Annual vaccination report of Bihar and Orissa - 1911-1928
Year: 1911
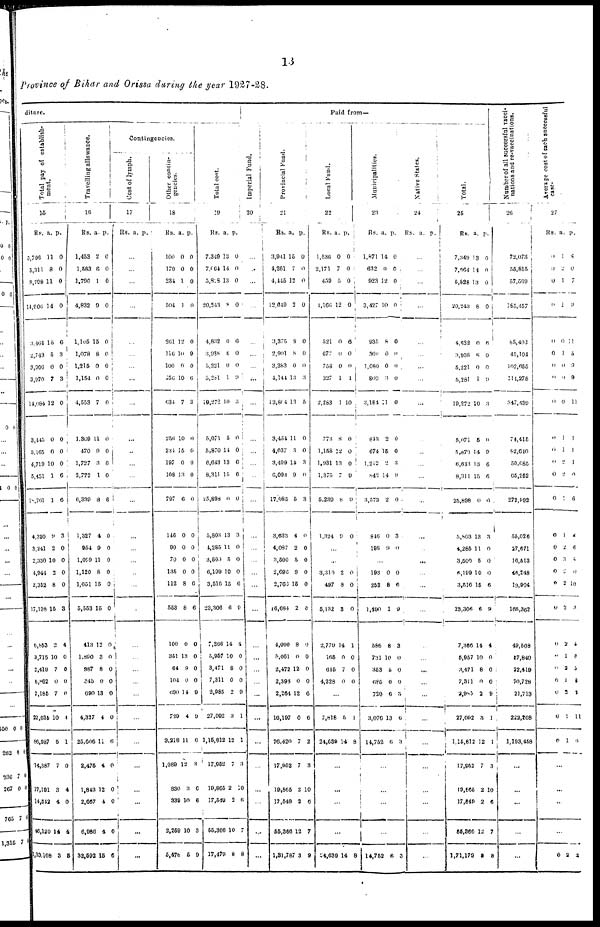
13
Province of Bihar and Orissa during the year 1927-28.
diture.
Total pay of establish-
ment.
15
Rs.
5,796
5,311
3,798
14,906
3,464
2,743
3,906
3,970
14,084
3,445
5,165
4,719
5,431
18,761
4,330
3,241
2,330
4,944
2,352
17,198
6,853
3,715
2,419
6,862
2,185
22,035
86,987
14,387
17,191
14,542
46,120
1,33,108
a.
11
8
11
14
15
5
0
7
12
0
0
10
1
1
9
2
10
2
8
15
2
10
7
0
7
10
5
7
3
4
14
3
p.
0
0
0
0
6
3
0
3
0
0
0
0
6
6
3
0
0
0
0
3
4
0
0
0
0
4
1
0
4
0
4
5
Travelling allowance.
16
Rs
1,453
1,583
1,796
4,832
l,105
1,078
1,215
1,154
4,553
1,369
470
1,727
3,772
6,339
1,327
954
1,099
1,120
1,051
5,553
413
1,890
987
345
690
4,327
25,606
2,475
1,843
2,667
6,986
32,592
a
2
6
1
0
15
8
0
0
7
11
9
3
1
8
4
9
11
8
15
15
12
3
8
0
13
4
11
4
12
4
4
15
p.
0
0
0
0
0
0
0
0
0
0
0
6
0
6
0
0
0
0
0
0
0
0
0
0
0
0
6
0
0
0
0
0
Contingencies.
Cost of lymph.
17
Rs. a. p.
...
...
...
...
...
...
...
...
...
...
...
...
...
...
...
...
...
...
...
...
...
...
...
...
...
...
...
...
...
...
...
...
Other contin-
gencies.
18
Rs.
100
179
234
504
261
116
100
156
634
256
234
197
108
797
146
90
70
135
112
553
100
351
64
104
690
729
3,218
1,089
830
339
2,259
5,478
a.
0
0
1
1
12
10
0
10
7
10
15
0
13
6
0
0
0
0
8
8
0
13
9
0
14
4
11
12
3
10
10
5
p.
0
0
0
0
0
9
0
6
3
0
0
0
0
0
0
0
0
0
6
6
0
0
0
0
9
9
0
3
6
6
3
9
Total cost.
19
Rs.
7,349
7,064
5,818
20,243
4,832
3,988
5,221
5,281
19,272
5,071
5,870
6,643
8,311
25,898
5,803
4,285
3,500
6,199
3,516
23,306
7,366
5,957
3,471
7,311
2,985
27,092
1,15,812
17,952
19,865
17,549
55,366
17,479
a.
13
14
13
8
0
8
0
1
10
5
11
13
15
0
13
11
5
10
15
6
14
10
8
0
2
3
12
7
2
2
10
8
p.
0
0
0
0
6
0
0
9
3
0
0
6
6
0
3
0
0
0
6
9
4
0
0
0
9
1
1
3
10
6
7
8
Paid from—
Imperial Fund.
20
...
...
...
...
...
...
...
...
...
...
...
...
...
...
...
...
...
...
...
...
...
...
...
...
...
...
...
...
...
...
...
...
Provincial Fund.
21
Rs.
3,941
4,261
4,445
12,649
3,375
2,901
3,383
4,141
13,804
3,454
4,037
3,499
6,093
17,085
3,633
4,087
3,500
2,696
2,763
16,684
4,000
5,061
2,472
2,398
2,264
16,197
76,420
17,952
19,865
17,549
55,366
1,31,787
a.
15
7
12
2
8
8
0
13
13
11
3
14
9
5
4
2
5
8
15
2
8
0
12
0
12
0
7
7
2
3
12
3
p.
0
0
0
0
0
0
0
3
5
0
0
3
0
3
0
0
0
0
0
0
0
0
0
0
6
6
2
3
10
6
7
9
Local Fund.
22
Rs.
1,536
2,171
459
1,166
521
677
758
327
2,283
773
1,158
1,931
1,375
5,230
1,324
a.
0
7
5
12
0
0
0
1
1
8
22
13
7
8
0
p.
0
0
0
0
6
0
0
1
10
0
0
0
9
9
0
...
...
3,310
497
5,132
2,779
166
645
4,228
2
8
3
14
0
7
0
0
0
0
1
0
0
0
...
7,818
24,639
5
14
1
8
...
...
...
...
24,639 14 8
Municipalities.
23
Rs.
1,871
632
923
3,427
935
360
1,080
800
3,184
843
674
1,212
842
3,573
846
198
a.
14
0
12
10
8
0
0
3
11
2
15
2
14
2
0
9
p.
0
0
0
0
0
0
0
0
0
0
0
3
9
0
3
0
...
193
252
1,490
586
731
353
685
720
3,076
14,752
0
8
1
8
10
5
0
6
13
0
0
6
9
3
0
0
0
3
6
3
...
...
...
...
14,752 6 3
Native States.
24
Rs. a. p.
...
...
...
...
...
...
...
...
...
...
...
...
...
...
...
...
...
...
...
...
...
...
...
...
...
...
...
...
...
...
...
...
Total.
25
Rs.
7,349
7,064
5,828
20,243
4,832
3,938
5,221
5,281
19,272
5,071
5,870
6,643
8,311
25,898
5,803
4,285
3,500
6,199
3,516
23,306
7,366
5,957
3,471
7,311
2,983
27,092
1,15,812
17,952
19,865
17,549
55,366
1,71,179
a.
13
14
13
8
0
8
0
1
10
5
14
13
15
0
13
11
5
10
15
6
14
10
8
0
2
3
12
7
2
2
12
8
p.
0
0
0
0
0
0
0
9
3
0
9
6
6
0
3
0
0
0
6
9
4
0
0
0
9
1
1
3
10
6
7
8
Number of all successful vacci-
nations and re-vaccinations.
26
72,073
55,815
57,569
185,457
85,402
45,104
102,655
114,278
347,439
74,415
82,610
50,685
65,252
272,992
55,026
27,671
16,513
46,248
19,904
165,362
49,508
57,840
22,419
70,728
21,713
222,208
1,193,458
...
...
...
...
...
Average cost of each successful
case.
27
Rs.
0
0
0
0
0
0
0
0
0
0
0
0
0
0
0
0
0
0
0
0
0
0
0
0
0
0
0
a.
1
2
1
1
0
1
0
0
0
1
1
2
2
1
1
2
3
2
2
2
2
1
2
1
2
1
1
p.
8
0
7
9
11
5
9
9
11
1
1
1
0
6
2
6
0
0
16
3
0
8
3
8
2
11
6
...
...
...
...
0 2 2